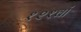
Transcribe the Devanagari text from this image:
१२१वां